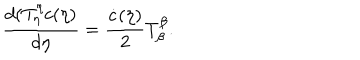
\frac { d ( T _ { \eta } ^ { \eta } c ( \eta ) } { d \eta } = \frac { \dot { c } ( \eta ) } { 2 } T _ { \beta } ^ { \beta } .